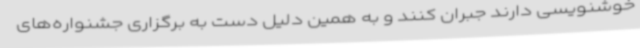
خوشنویسی دارند جبران کنند و به همین دلیل دست به برگزاری جشنواره‌های